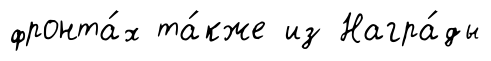
фронта́х та́кже из Награ́ды